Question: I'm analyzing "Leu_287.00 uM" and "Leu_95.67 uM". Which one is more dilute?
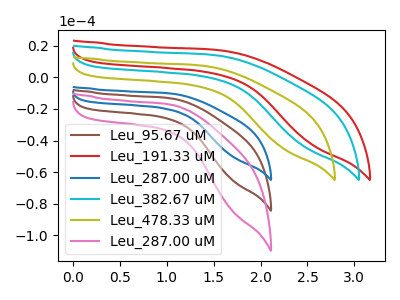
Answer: <think>The brown curve "Leu_95.67 uM" has no peaks. The red curve "Leu_191.33 uM" has no peaks. The blue curve "Leu_287.00 uM" has no peaks. The cyan curve "Leu_382.67 uM" has no peaks. The olive curve "Leu_478.33 uM" has no peaks. The pink curve "Leu_287.00 uM" has no peaks.
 Neither "Leu_287.00 uM" or "Leu_95.67 uM" have any peaks.</think>
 <answer>I cant tell if "Leu_287.00 uM" or "Leu_95.67 uM" has higher concentration.</answer>
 <eval>mixed_concentration</eval>